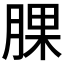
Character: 腂